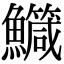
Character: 鱵